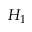
H _ { 1 }